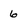
Character: 6